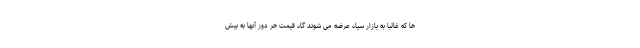
ها که غالبا به بازار سیاه عرضه می شوند گاه قیمت هر دوز آنها به بیش